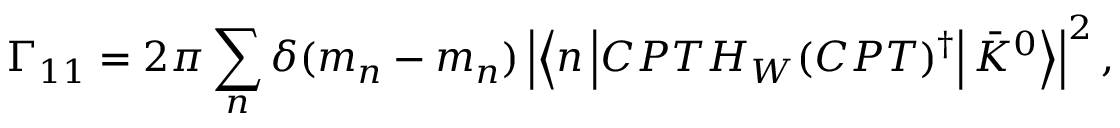
\Gamma _ { 1 1 } = 2 \pi \sum _ { n } \delta ( m _ { n } - m _ { n } ) \left| \left< n \left| { \cal C P T } H _ { W } ( { \cal C P T } ) ^ { \dagger } \right| \bar { K } ^ { 0 } \right> \right| ^ { 2 } ,